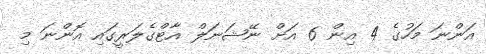
އަންނަ މަހުގެ 4 އިން 6 އަށް ނޭޝަނަލް އާޓްގެލަރީގައި އޮންނަ މި